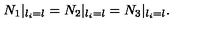
N _ { 1 } | _ { l _ { i } = l } = N _ { 2 } | _ { l _ { i } = l } { } = N _ { 3 } | _ { l _ { i } = l } .